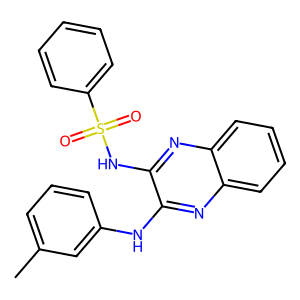
SMILES: Cc1cccc(Nc2nc3ccccc3nc2NS(=O)(=O)c2ccccc2)c1
Inhibits HIV replication: No